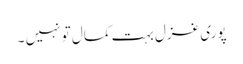
پوری غزل بہت کمال تو نہیں ۔